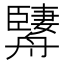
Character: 𦪱